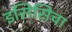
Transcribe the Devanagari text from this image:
इसिसिचा